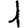
Digit: 1